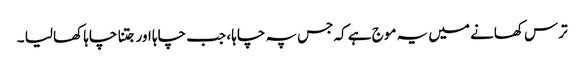
ترس کھانے میں یہ موج ہے کہ جس پہ چاہا ، جب چاہا اور جتنا چاہا کھا لیا ۔